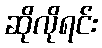
ဆိုလိုရင်း